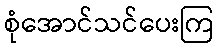
စုံအောင်သင်ပေးကြ